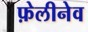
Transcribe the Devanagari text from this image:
फ़ेलीनेव